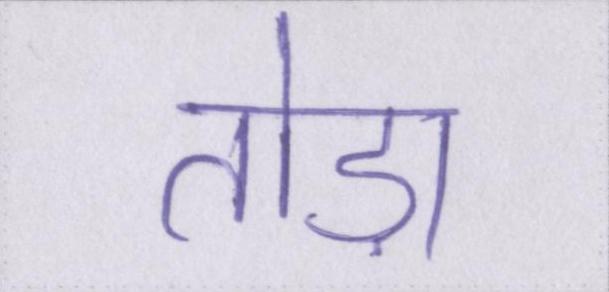
तोड़ा